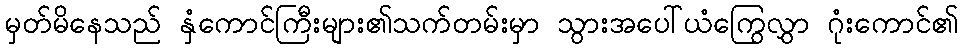
မှတ်မိနေသည် နှံကောင်ကြီးများ၏သက်တမ်းမှာ သွားအပေါ်ယံကြွေလွှာ ဂုံးကောင်၏